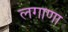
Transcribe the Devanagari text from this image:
लगाणा